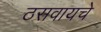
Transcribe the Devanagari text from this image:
ठसवायचे